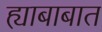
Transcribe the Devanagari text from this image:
ह्याबाबात